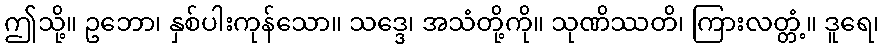
ဤသို့။ ဥဘော၊ နှစ်ပါးကုန်သော။ သဒ္ဒေ၊ အသံတို့ကို။ သုဏိဿတိ၊ ကြားလတ္တံ့။ ဒူရေ၊